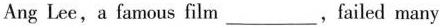
Ang Lee, a famous film ___ ,failed many